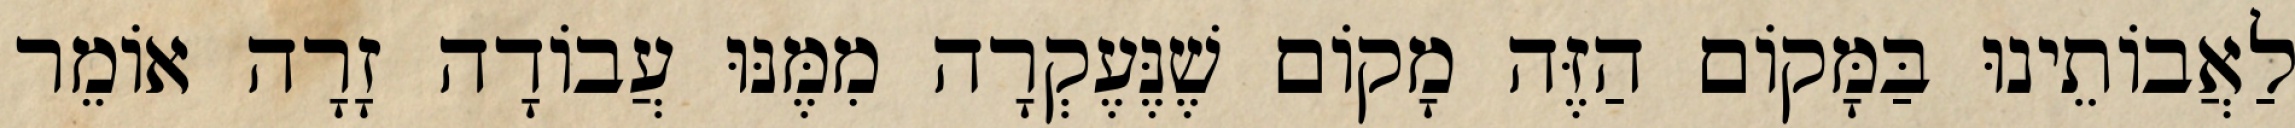
לַאֲבוֹתֵינוּ בַּמָּקוֹם הַזֶּה מָקוֹם שֶׁנֶּעֶקְרָה מִמֶּנּוּ עֲבוֹדָה זָרָה אוֹמֵר